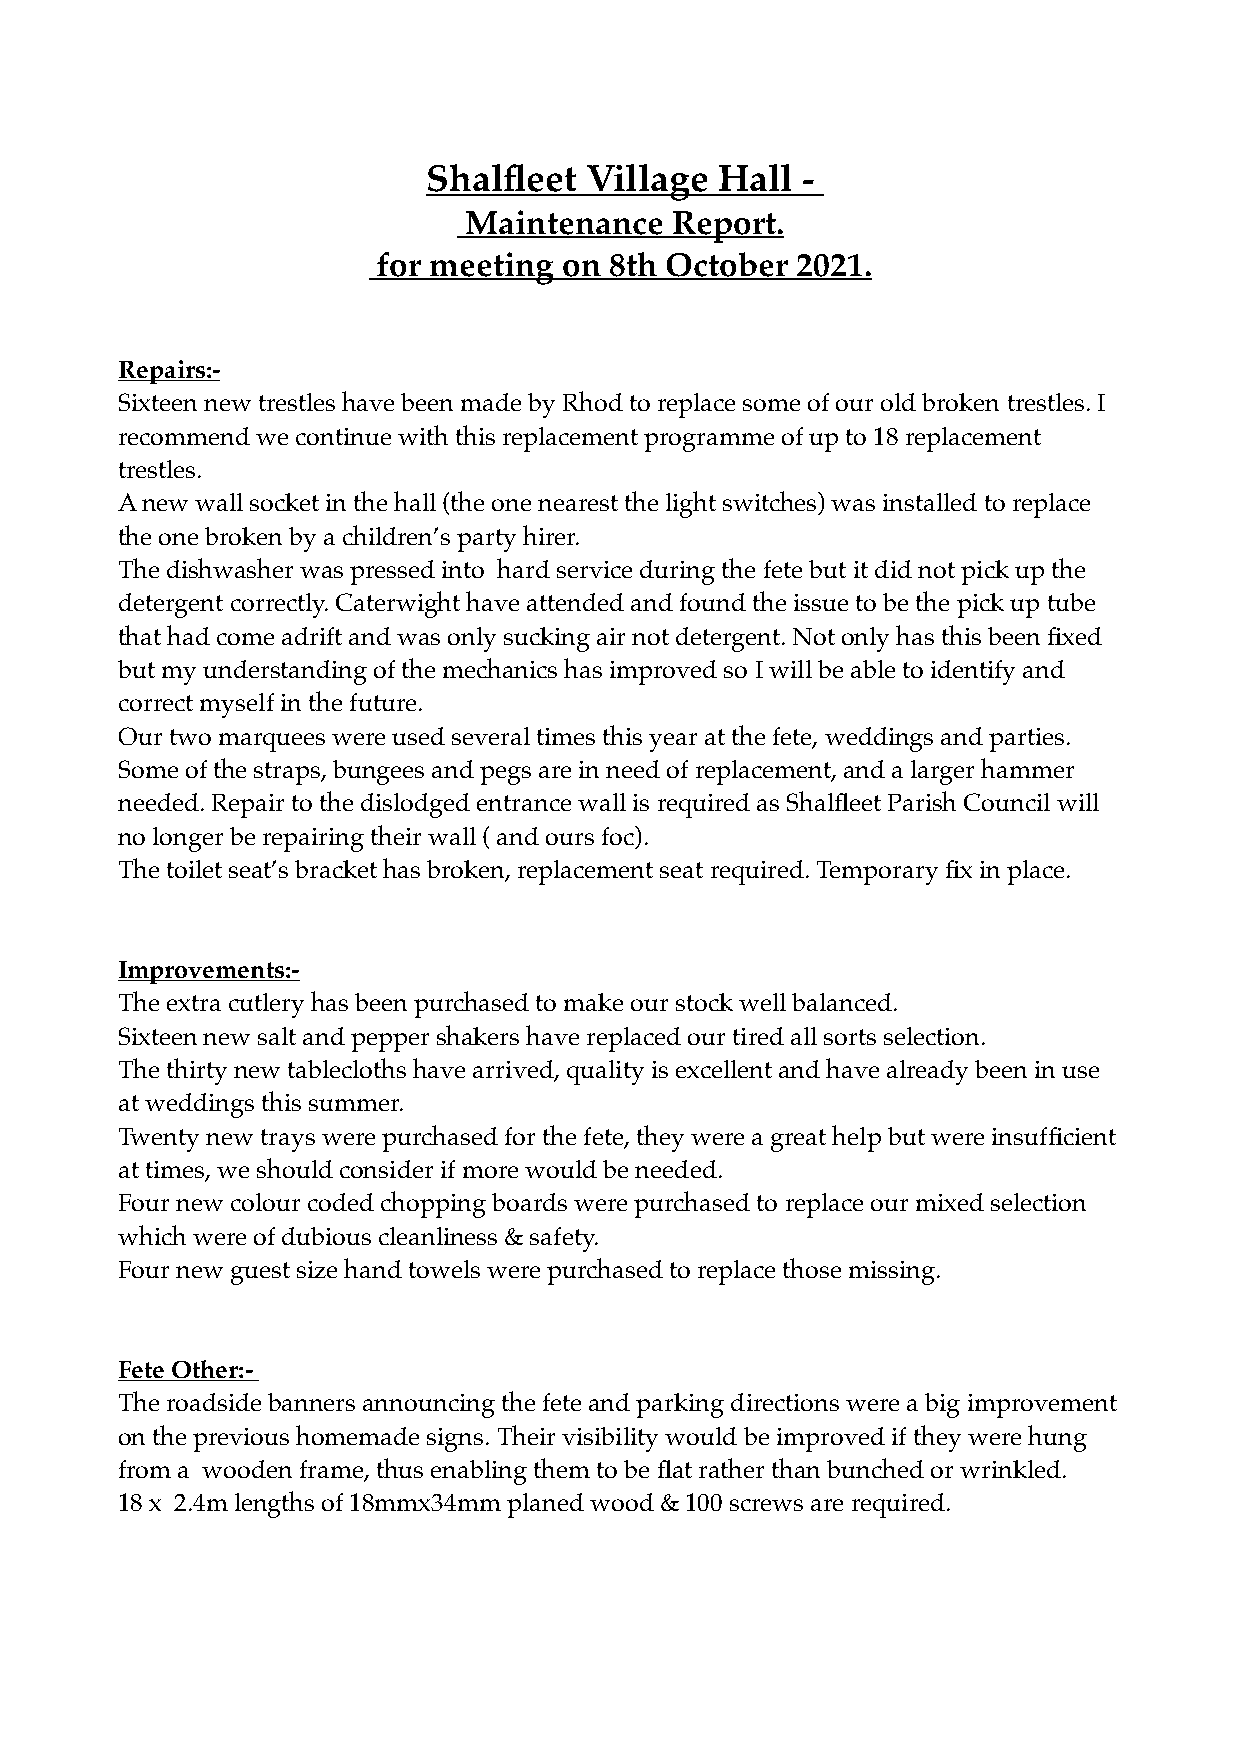
Shalfleet  Village  Hall -
 Maintenance  Report.
 for meeting on 8th October  2021.
 Repairs:-
 Sixteen new trestles have been made by Rhod to replace some of our old broken trestles. I
 recommend we continue with this replacement programme of up to 18 replacement
 trestles.
 A new wall socket in the hall (the one nearest the light switches) was installed to replace
 the one broken by a children’s party hirer.
 The dishwasher was pressed into hard service during the fete but it did not pick up the
 detergent correctly. Caterwight have attended and found the issue to be the pick up tube
 that had come adrift and was only sucking air not detergent. Not only has this been fixed
 but my understanding of the mechanics has improved so I will be able to identify and
 correct myself in the future.
 Our two marquees were used several times this year at the fete, weddings and parties.
 Some of the straps, bungees and pegs are in need of replacement, and a larger hammer
 needed. Repair to the dislodged entrance wall is required as Shalfleet Parish Council will
 no longer be repairing their wall ( and ours foc).
 The toilet seat’s bracket has broken, replacement seat required. Temporary fix in place.
 Improvements:-
 The extra cutlery has been purchased to make our stock well balanced.
 Sixteen new salt and pepper shakers have replaced our tired all sorts selection.
 The thirty new tablecloths have arrived, quality is excellent and have already been in use
 at weddings this summer.
 Twenty new trays were purchased for the fete, they were a great help but were insufficient
 at times, we should consider if more would be needed.
 Four new colour coded chopping boards were purchased to replace our mixed selection
 which were of dubious cleanliness & safety.
 Four new guest size hand towels were purchased to replace those missing.
 Fete Other:-
 The roadside banners announcing the fete and parking directions were a big improvement
 on the previous homemade signs. Their visibility would be improved if they were hung
 from a wooden frame, thus enabling them to be flat rather than bunched or wrinkled.
 18 x 2.4m lengths of 18mmx34mm planed wood & 100 screws are required.